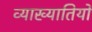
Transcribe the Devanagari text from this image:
व्याख्यातियों